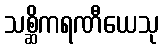
သစ္ဆိကရဏီယေသု